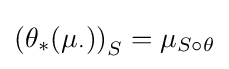
\left(\theta _{*}(\mu _{\cdot })\right)_{S}=\mu _{S\circ \theta }